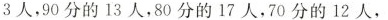
3人，90分的13人，80分的17人，70分的12人，